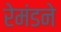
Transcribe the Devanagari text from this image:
रेमंडने